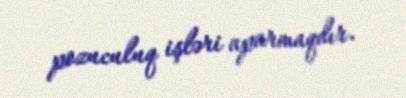
pozuculuq işləri aparmaqdır.